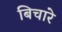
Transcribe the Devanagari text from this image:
बिचारे